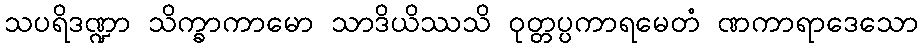
သပရိဒဏ္ဍာ သိက္ခာကာမော သာဒိယိဿသိ ဝုတ္တပ္ပကာရမေတံ ဏကာရာဒေသော